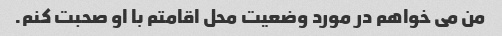
من می خواهم در مورد وضعیت محل اقامتم با او صحبت کنم.